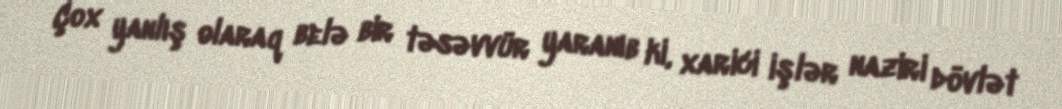
Çox yanlış olaraq belə bir təsəvvür yaranıb ki, xarici işlər naziri dövlət